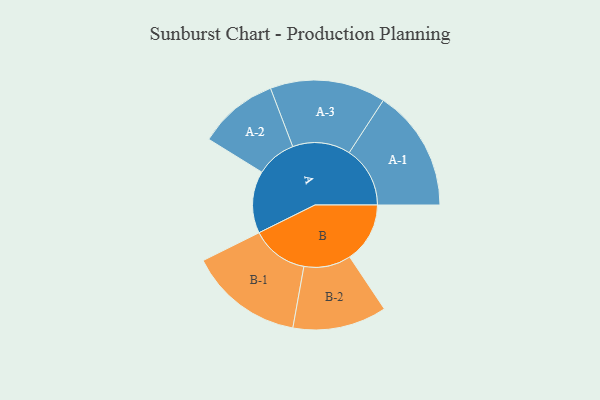
{"axis": {"x": "Segment", "y": "Value"}, "legend": ["", "A", "B"], "data": [{"x": "A", "y": 283, "type": ""}, {"x": "B", "y": 274, "type": ""}, {"x": "A-1", "y": 277, "type": "A"}, {"x": "A-2", "y": 182, "type": "A"}, {"x": "A-3", "y": 263, "type": "A"}, {"x": "B-1", "y": 260, "type": "B"}, {"x": "B-2", "y": 214, "type": "B"}]}